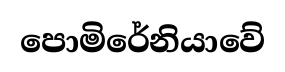
පොමිරේනියාවේ